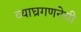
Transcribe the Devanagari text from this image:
व्याघ्रगणनेची